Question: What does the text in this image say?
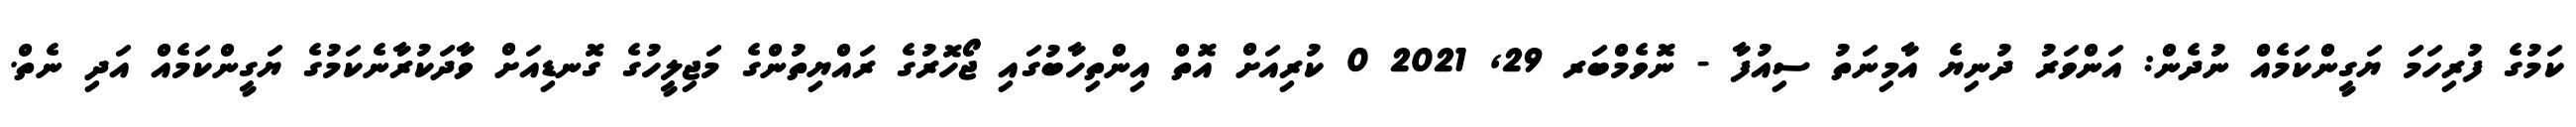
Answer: ކަމުގެ ފުރިހަމަ ޔަގީންކަމެއް ނުދެން: އަންވަރު ދުނިޔެ އާމިނަތު ސިއުފާ - ނޮވެމްބަރ 29, 2021 0 ކުރިއަށް އޮތް އިންތިހާބުގައި ޖޯހޮރުގެ ރައްޔިތުންގެ މަޖިލީހުގެ ގޮނޑިއަށް ވާދަކުރާނެކަމުގެ ޔަގީންކަމެއް އަދި ނެތް.